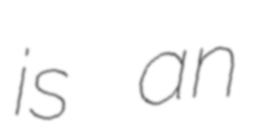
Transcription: is an